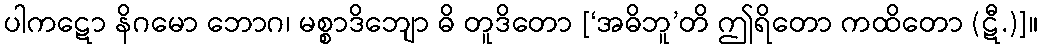
ပါကဋော နိဂမော ဘောဂ၊ မစ္စာဒိဘျော ဓိ တူဒိတော [‘အဓိဘူ’တိ ဤရိတော ကထိတော (ဋီ.)]။